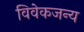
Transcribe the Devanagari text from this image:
विवेकजन्य